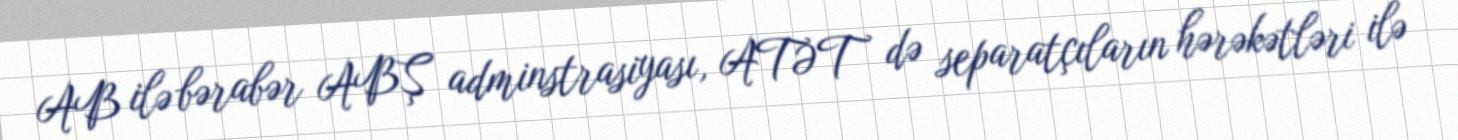
AB ilə bərabər ABŞ adminstrasiyası, ATƏT də separatçıların hərəkətləri ilə